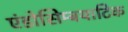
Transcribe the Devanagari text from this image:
एंडोसिम्बयाटिक